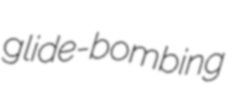
glide-bombing